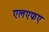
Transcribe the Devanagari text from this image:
एलएफए